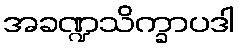
အခဏ္ဍသိက္ခာပဒါ